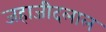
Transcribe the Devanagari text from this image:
जहाजीदलाल